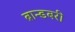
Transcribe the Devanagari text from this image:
ब्रान्डबरी